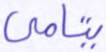
يتامى